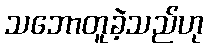
သဘောတူခဲ့သည်ဟု